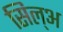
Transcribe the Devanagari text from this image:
सिल्‌अ